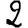
Digit: 2